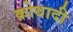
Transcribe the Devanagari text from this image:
क्रोधादी